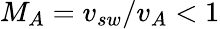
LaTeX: M_{A}=v_{sw}/v_{A}<1